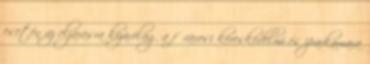
esetén az eljárásra kizárólag a fővárosi kereskedelmi és iparkamara